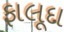
ફાલૂદા